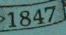
1847